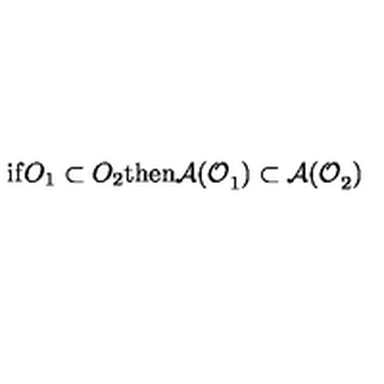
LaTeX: \mathrm { i f } O _ { 1 } \subset O _ { 2 } \mathrm { t h e n } \mathcal { A ( O } _ { 1 } \mathcal { ) } \subset \mathcal { A ( O } _ { 2 } \mathcal { ) }